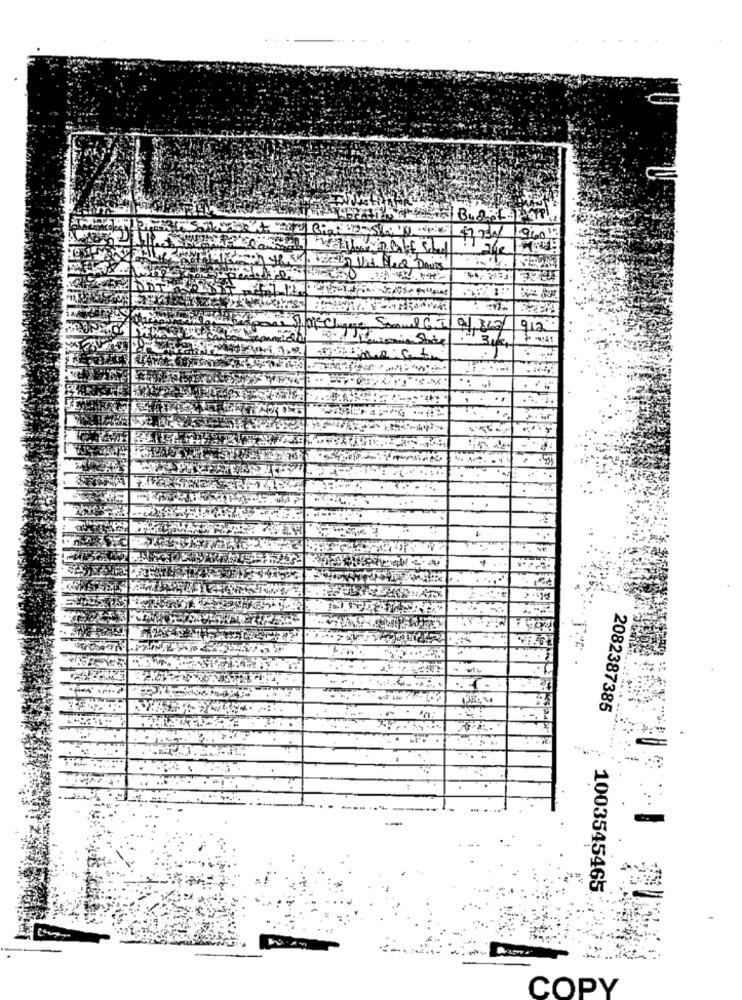
Budit For
$7 730/ 1960'
3/01.2021
912.
2082387385
1003545465
COPY